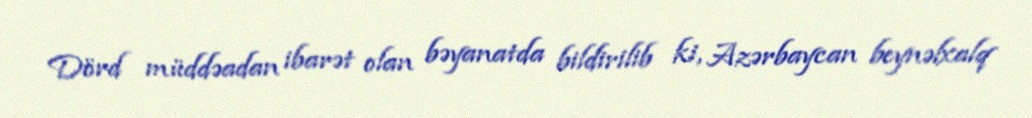
Dörd müddəadan ibarət olan bəyanatda bildirilib ki, Azərbaycan beynəlxalq